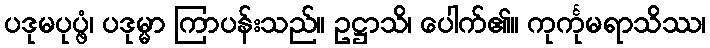
ပဒုမပုပ္ဖံ၊ ပဒုမ္မာ ကြာပန်းသည်။ ဥဋ္ဌာသိ၊ ပေါက်၏။ ကုင်္ကုမရာသိဿ၊